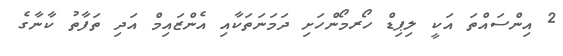
2 އިންސައްތަ އަކީ ލިޕިޑް ހޯރމޯންހަށި ދަމަނަތަކާއި އެންޒައިމް އަދި ތަފާތު ކާނާގެ